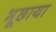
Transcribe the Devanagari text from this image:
भूछाया